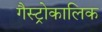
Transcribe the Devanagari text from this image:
गैस्ट्रोकालिक